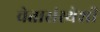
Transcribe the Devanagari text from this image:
चेतासंस्थेशी